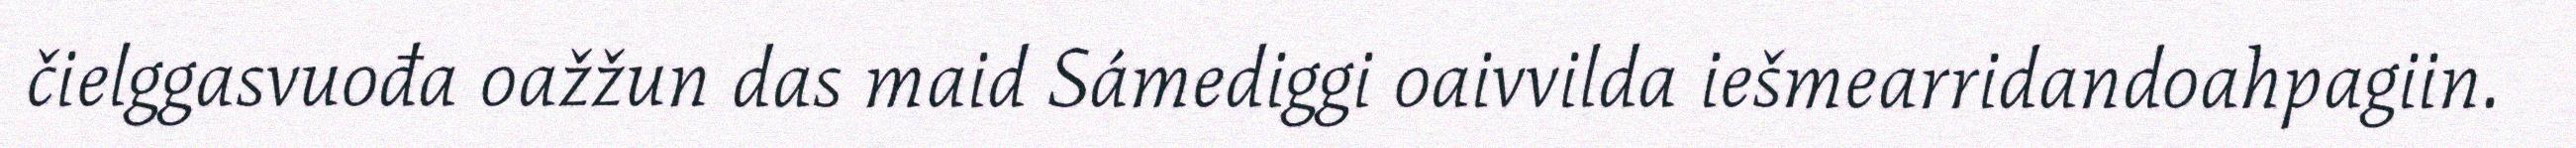
čielggasvuođa oažžun das maid Sámediggi oaivvilda iešmearridandoahpagiin.